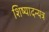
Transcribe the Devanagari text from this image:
शिष्यादन्यत्र